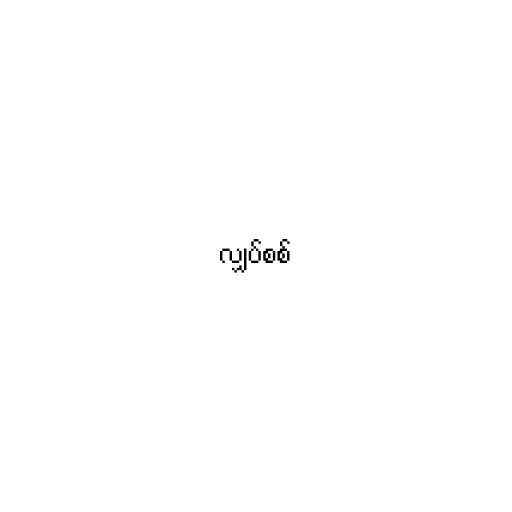
လျှပ်စစ်